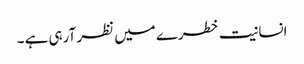
انسانیت خطرے میں نظر آرہی ہے ۔